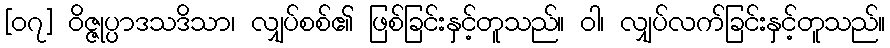
[၀၇] ဝိဇ္ဇုပ္ပာဒသဒိသာ၊ လျှပ်စစ်၏ ဖြစ်ခြင်းနှင့်တူသည်။ ဝါ၊ လျှပ်လက်ခြင်းနှင့်တူသည်။